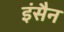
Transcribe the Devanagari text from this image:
इंसैन